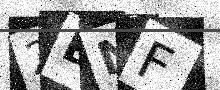
Text: 2BNF